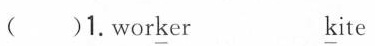
( )1.wor\underline{k}er \underline{k}ite